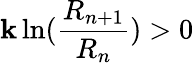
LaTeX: \mathbf{k}\ln({\frac{{R_{n+1}}}{{R_{n}}}})>0